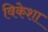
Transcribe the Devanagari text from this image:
विकेशा